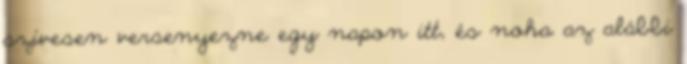
szívesen versenyezne egy napon itt, és noha az alábbi